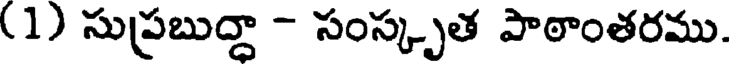
(1) సుప్రబుద్దా - సంస్కృత పాఠాంతరము.